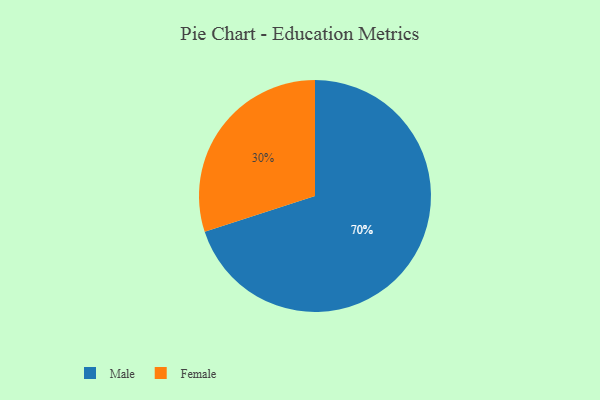
{"axis": {"x": "Category", "y": "Percentage"}, "legend": ["Female", "Male"], "data": [{"x": "Male", "y": 70, "type": "Male"}, {"x": "Female", "y": 30, "type": "Female"}]}